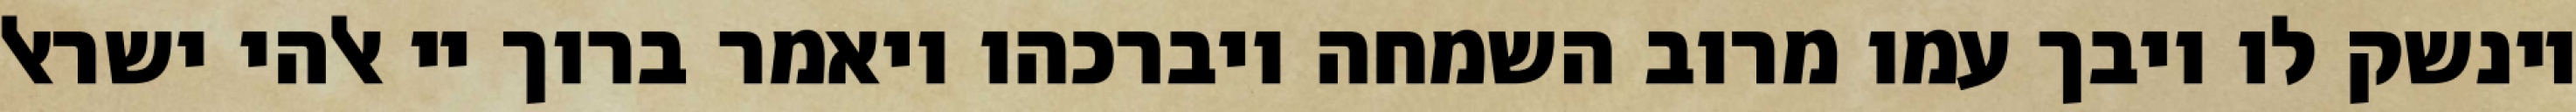
וינשק לו ויבך עמו מרוב השמחה ויברכהו ויאמר ברוך יי אלהי ישראל